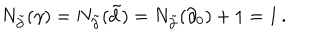
LaTeX: N _ { \tilde { \partial } } ( \gamma ) = N _ { \tilde { \partial } } ( \tilde { d } ) = N _ { \tilde { \partial } } ( \partial _ { 0 } ) + 1 = 1 \, .